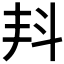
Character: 𣁮